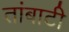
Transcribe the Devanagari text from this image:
तांबाटी